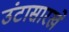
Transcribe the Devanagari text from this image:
उंटासारखे